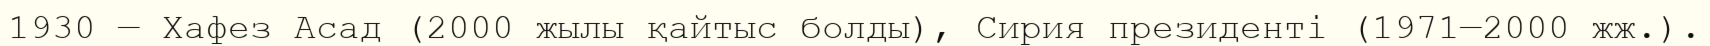
1930 — Хафез Асад (2000 жылы қайтыс болды), Сирия президенті (1971—2000 жж.).